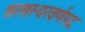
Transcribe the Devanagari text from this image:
सरसस्यरवर्णपद